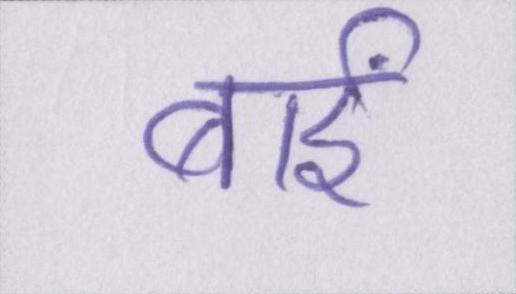
बाईं